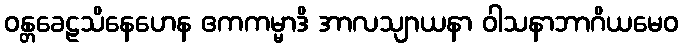
ဝန္တခေဠသိနေဟေန ဧကကမ္မာဒိ အာလသျာယနာ ဝါသနာဘာဂိယမေဝ